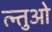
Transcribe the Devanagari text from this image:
त्न्तुओ